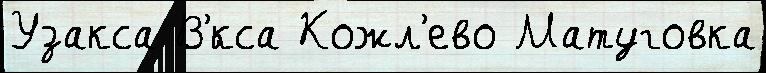
Узакса В'́кса Кожл'ево Матуговка